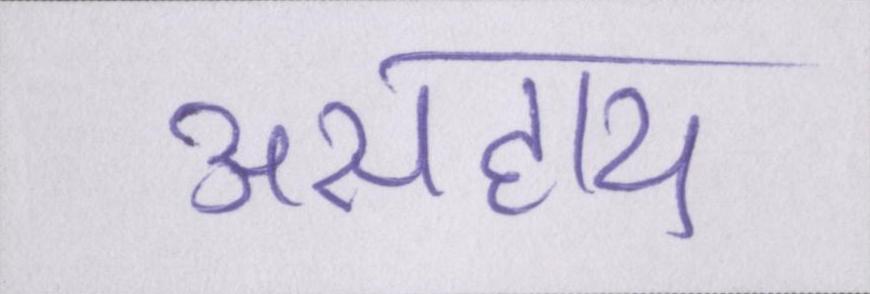
असहाय